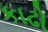
કાઢો